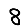
Digit: 8